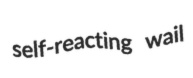
self-reacting wail